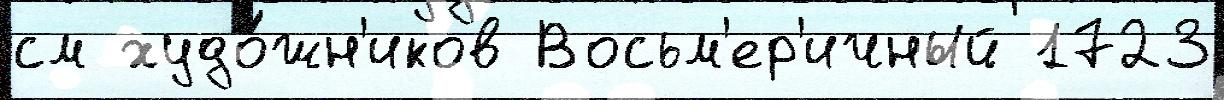
см худо́жн'иков Восьм'ер'ичный 1723